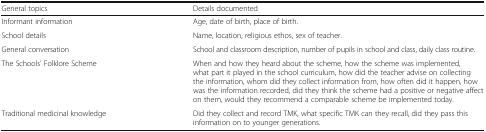
| General topics | Details documented |
 | --- | --- |
 | Informant information | Age, date of birth, place of birth. |
 | School details | Name, location, religious ethos, sex of teacher. |
 | General conversation | School and classroom description, number of pupils in school and class, daily class routine. |
 | The Schools’ Folklore Scheme | When and how they heard about the scheme, how the scheme was implemented, what part it played in the school curriculum, how did the teacher advise on collecting the information, whom did they collect information from, how often did it happen, how was the information recorded, did they think the scheme had a positive or negative affect on them, would they recommend a comparable scheme be implemented today. |
 | Traditional medicinal knowledge | Did they collect and record TMK, what specific TMK can they recall, did they pass this information on to younger generations. |